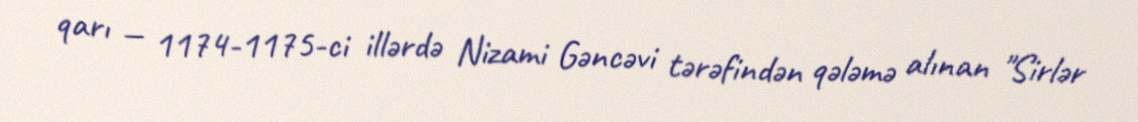
qarı — 1174-1175-ci illərdə Nizami Gəncəvi tərəfindən qələmə alınan "Sirlər